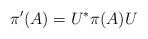
LaTeX: \begin{align*}\pi'(A)=U^* \pi(A)U\end{align*}